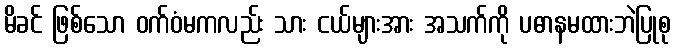
မိခင် ဖြစ်သော ဝက်ဝံမကလည်း သား ငယ်များအား အသက်ကို ပဓာနမထားဘဲပြုစု